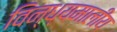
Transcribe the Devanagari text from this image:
विन्ध्यमालीय